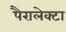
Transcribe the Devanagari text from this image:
पैरालेक्टा